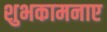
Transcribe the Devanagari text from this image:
शुभकामनाए